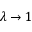
\lambda \to 1